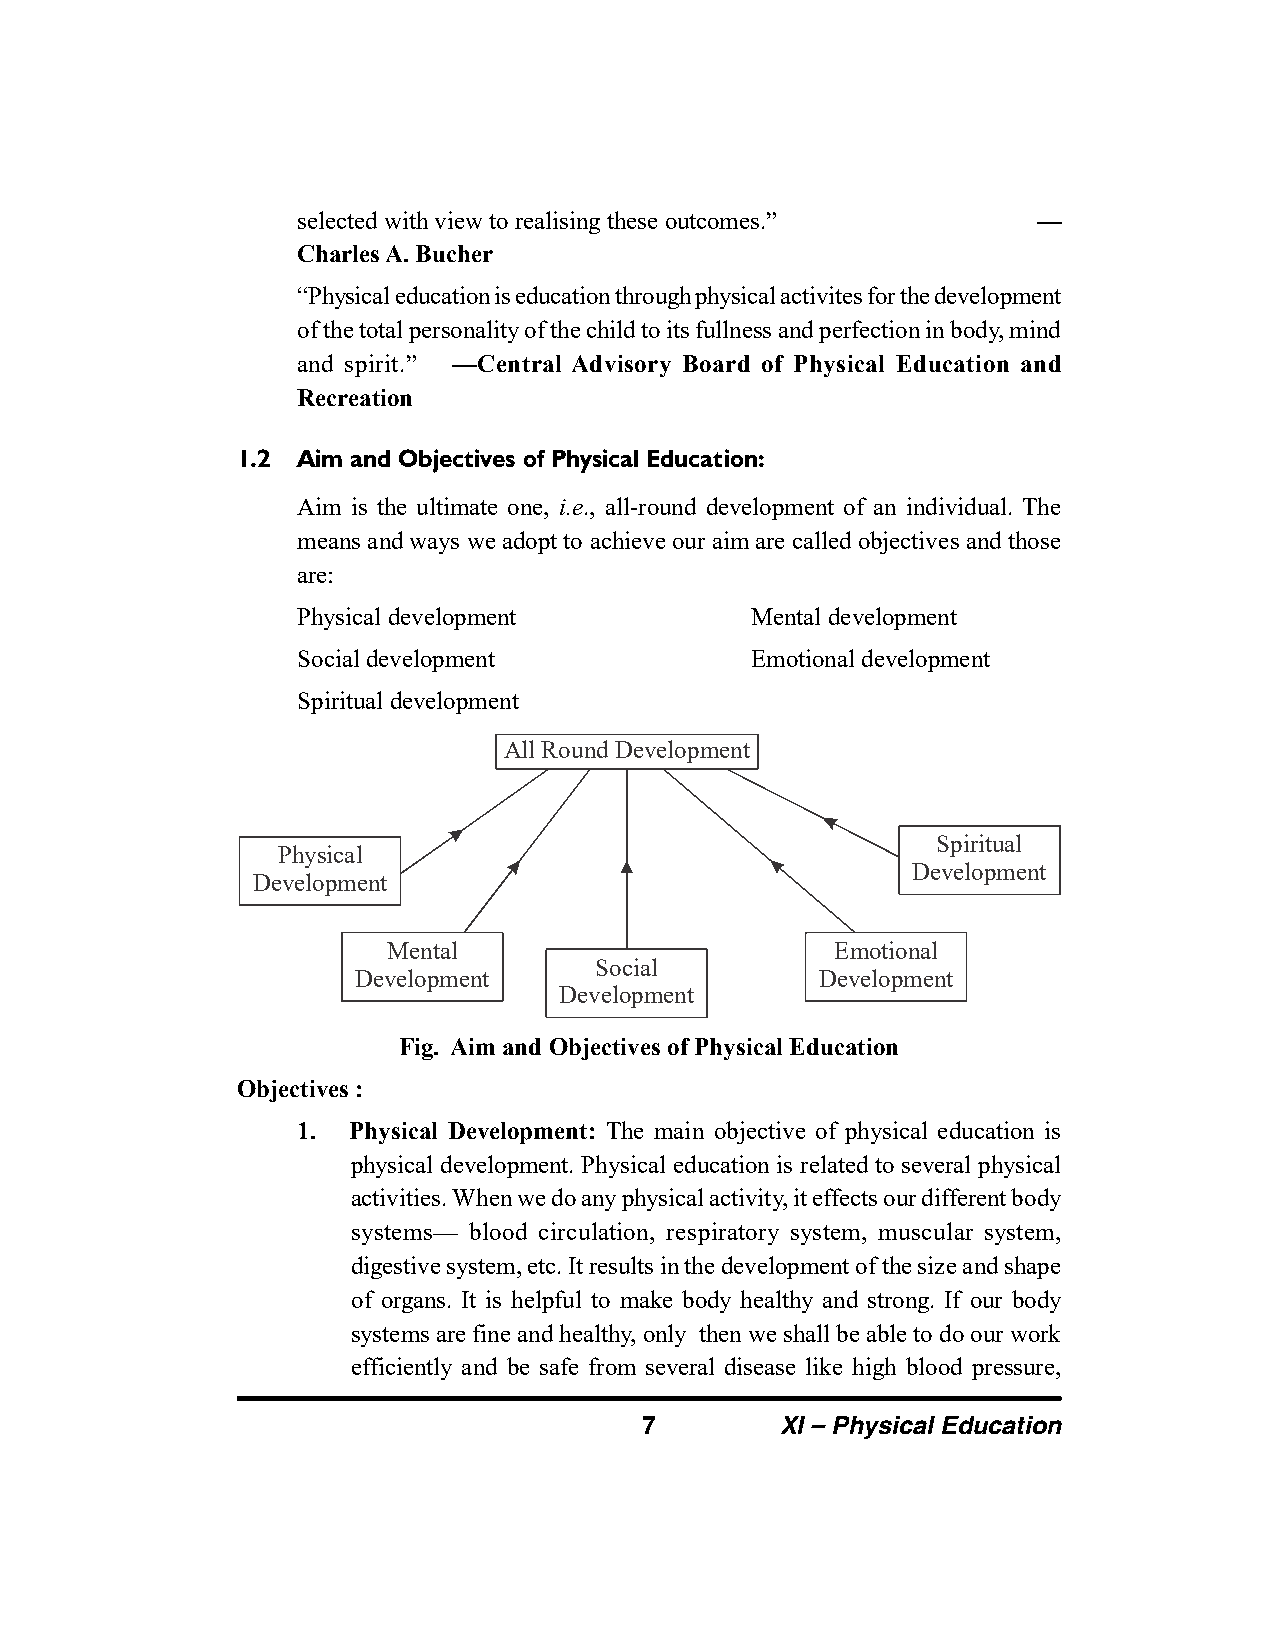
selected with view to realising these outcomes.” —
 Charles A. Bucher
 “Physical education is education through physical activites for the development
 of the total personality of the child to its fullness and perfection in body, mind
 and spirit.” —Central Advisory Board of Physical Education and
 Recreation
 1.2 Aim and Objectives of Physical Education:
 Aim is the ultimate one, i.e., all-round development of an individual. The
 means and ways we adopt to achieve our aim are called objectives and those
 are:
 Physical development          Mental development
 Social development            Emotional development
 Spiritual development
 All Round Development
 Spiritual
 Physical
 Development
 Development
 Mental                       Emotional
 Social
 Development                    Development
 Development
 Fig. Aim and Objectives of Physical Education
 Objectives :
 1. Physical Development: The main objective of physical education is
 physical development. Physical education is related to several physical
 activities. When we do any physical activity, it effects our different body
 systems— blood circulation, respiratory system, muscular system,
 digestive system, etc. It results in the development of the size and shape
 of organs. It is helpful to make body healthy and strong. If our body
 systems are fine and healthy, only then we shall be able to do our work
 efficiently and be safe from several disease like high blood pressure,
 7        XI – Physical Education